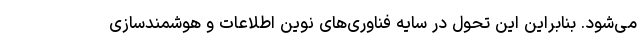
می‌شود. بنابراین این تحول در سایه فناوری‌های نوین اطلاعات و هوشمندسازی